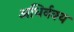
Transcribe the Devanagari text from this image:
अधिर्वक्य